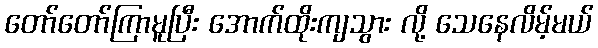
တော်တော်ကြာမူပြီး အောက်ထိုးကျသွား လို့ သေနေလိမ့်မယ်